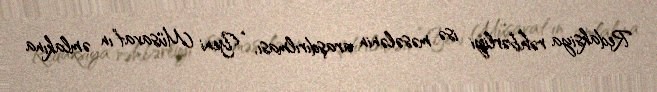
Redaksiya rəhbərliyi isə məsələnin araşdırılması, “Yeni Müsavat”ın əmlakına